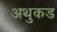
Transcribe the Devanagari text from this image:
अथुकड